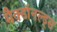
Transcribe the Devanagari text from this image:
मैक्डॉनल्ड्स